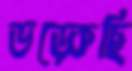
ভড়্‌কেছি